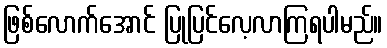
ဖြစ်လောက်အောင် ပြုပြင်လေ့လာကြရပါမည်။